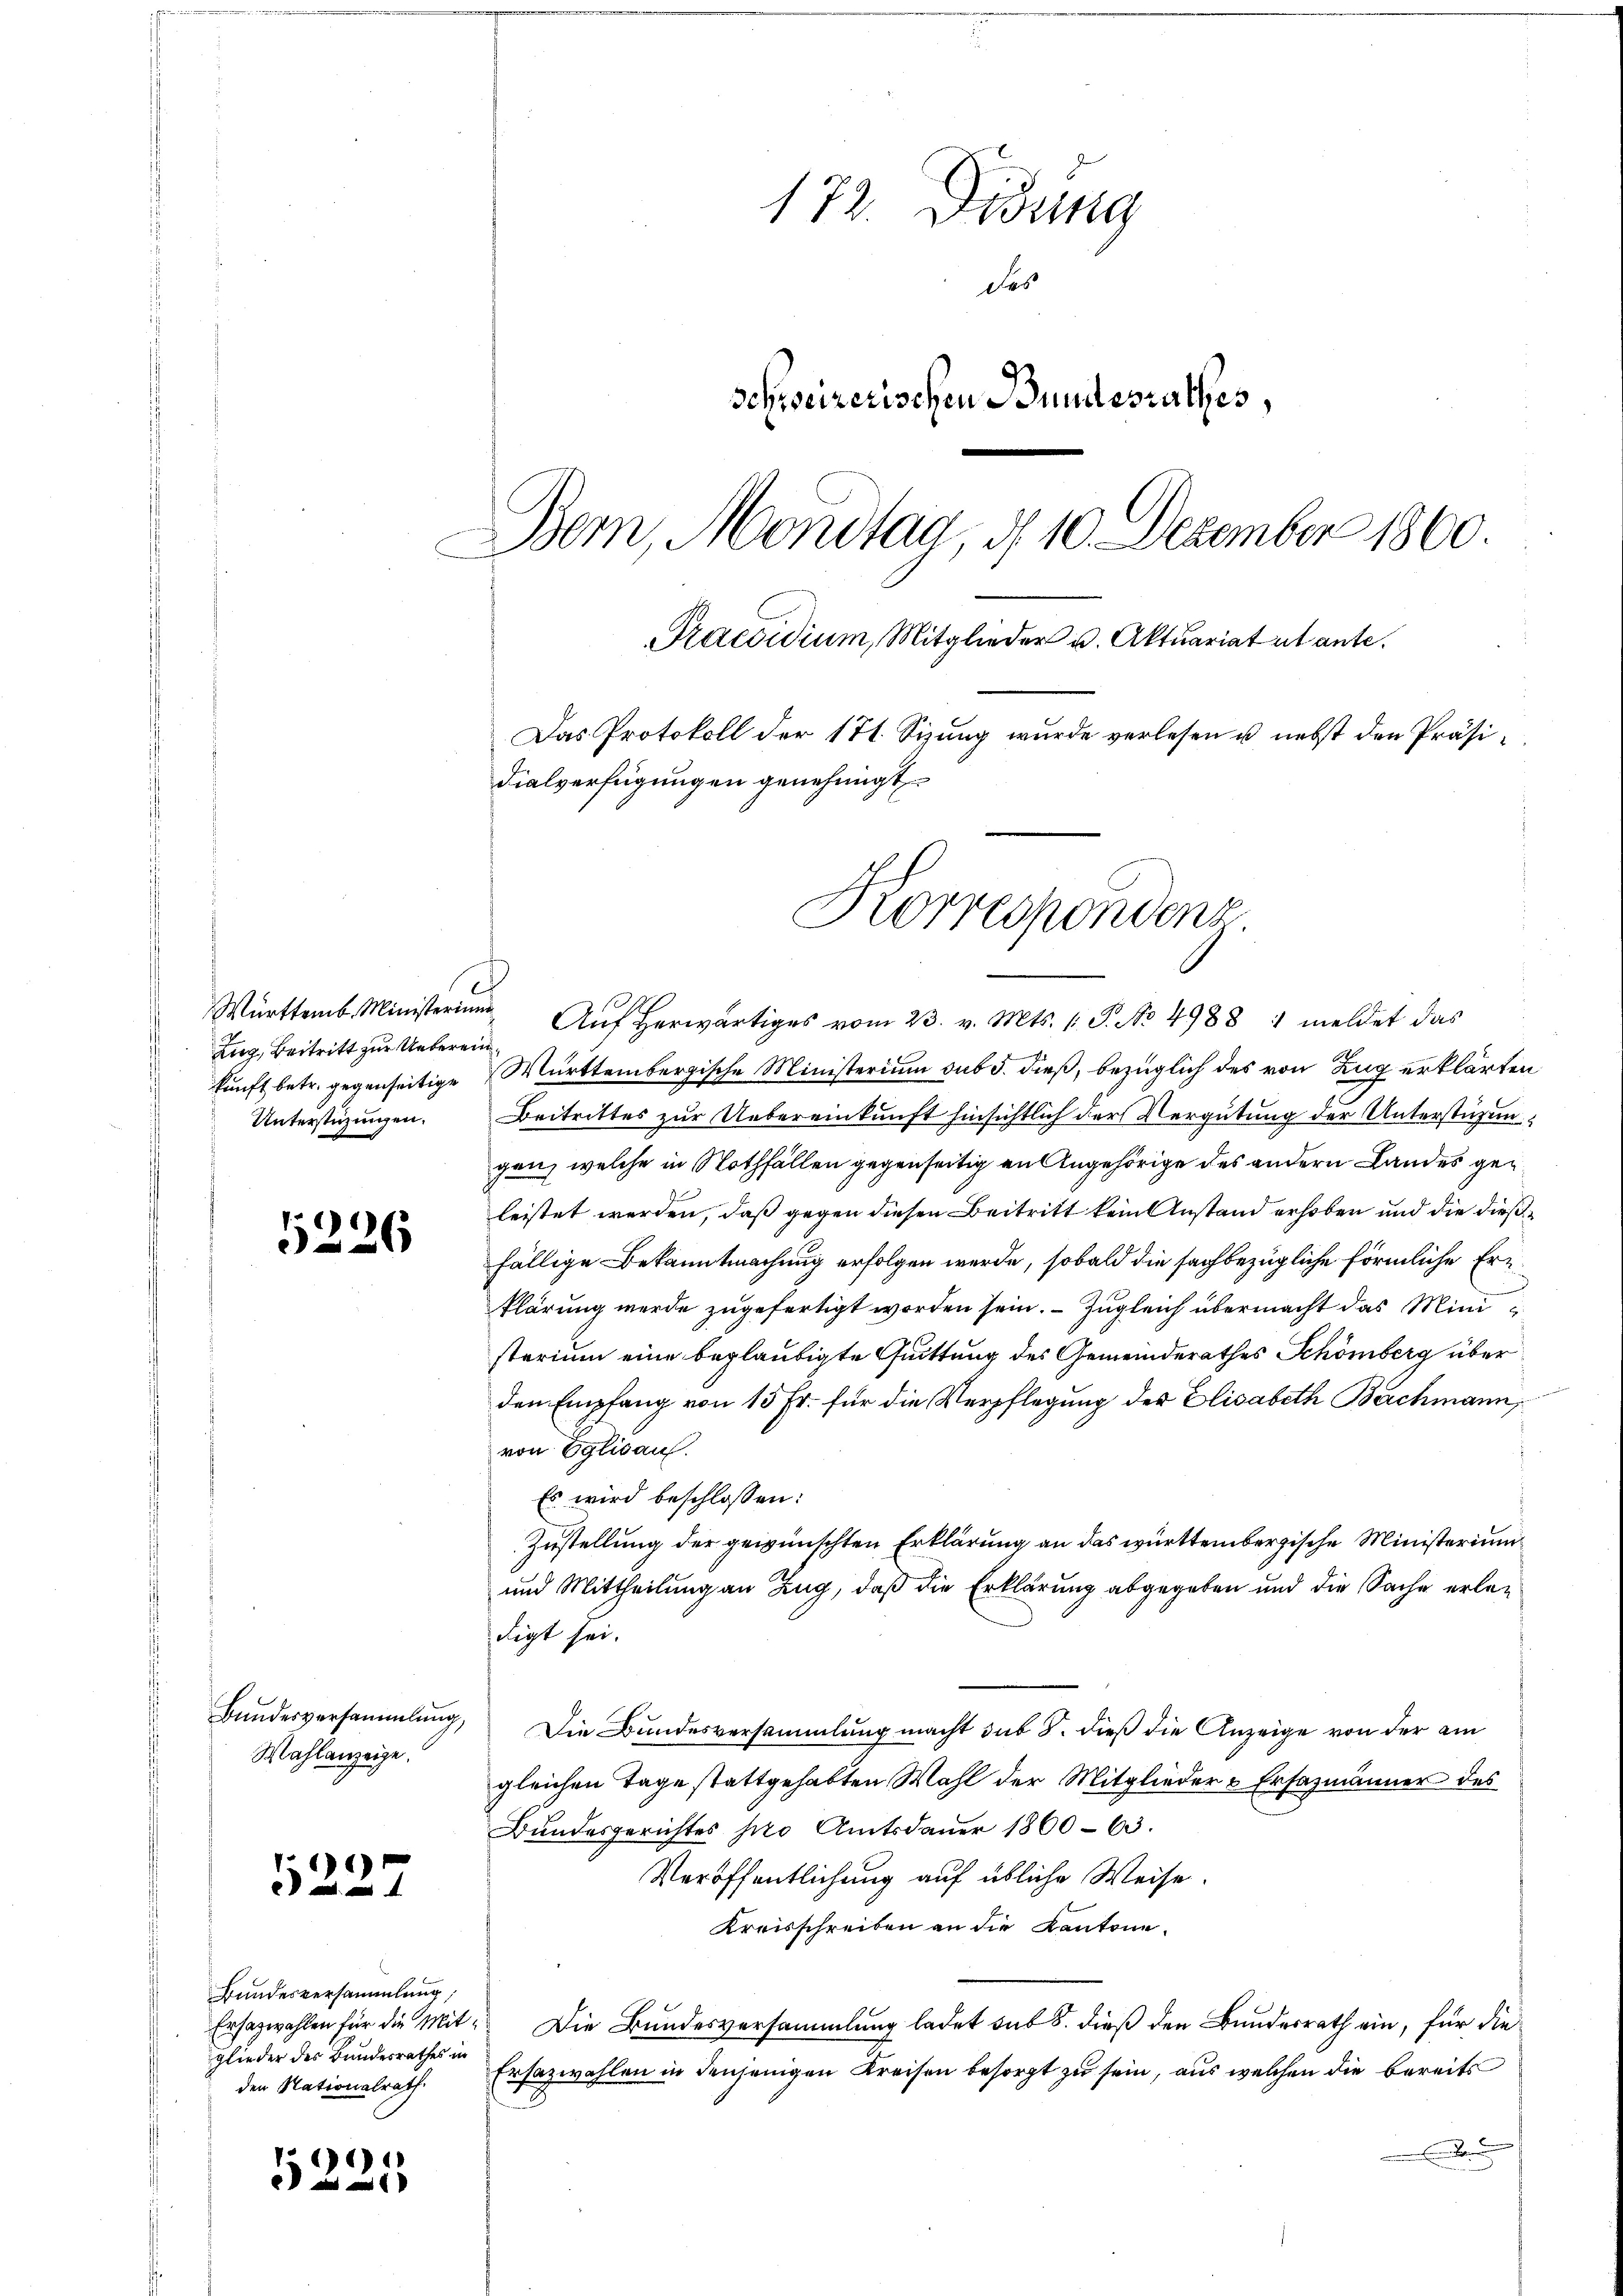
5226

Wahlanzeige.

6

Bundesversammlung,
glieder des Bundesrathes in
den Stationalrath

e

172. Didung
des
schweizerischen Bundesrathes,
Bern, Mondtag, d. 10. Dezember 1860.
Praesidium, Mitglieder u. Aktuariat ut ante.
Das Protokoll der 171. Sizung wurde verlesen u. nebst den Präsidialverfügungen genehmigt

Zug, Beitritt zur Unterein¬

Korrespondenz

Württemb. Minister Aŭf herwärts vom 23. v. Mts. 1. P. No 4988 1 meldet das
kunft betr. gegenseitige Württembergische Ministerium sub 5. dieß, bezüglich des von Zug erklärten
Unterstüzungen. Beitrittes zur Uebereinkunft hinsichtlich der Vergütung der Unterstüzungen, welche in Nothfällen gegenseitig an Angehörige des andern Landes geleistet werden, daß gegen diesen Beitritt kein Anstand erhoben und die dießfällige Bekanntmachung erfolgen werde, sobald die sachbezügliche förmliche Er
klärung werde zugefertigt worden sein. — Zugleich übermacht das Mini
sterium eine beglaubigte Quittung des Gemeinderathes Schönberg über
den Empfang von 15 Fr. für die Verpflegung der Elisabeth Bachmann,
von Eglisau.
Es wird beschlossen:
Zustellung der gewünschten Erklärung an das württembergische Ministerium
und Mittheilung an Zug, daß die Erklärung abgegeben und die Sache erledigt sei.
Bundesversammlung, Die Bundesversammlung macht sub 8. dieß die Anzeige von der am
gleichen Tage stattgehabten Wahl der Mitglieders Ersazmänner des
Bundesgerichtes pro Amtsdauer 1860-63.
Veröffentlichung auf übliche Weise.
Kreisschreiben an die Kantone.
Ersatzwahlen für die Mit- Die Bundesversammlung ladet sub 8. dieß den Bundesrath ein, für die
Ersazwahlen in denjenigen Kreisen besorgt zu sein, aus welchen die bereits
77
d